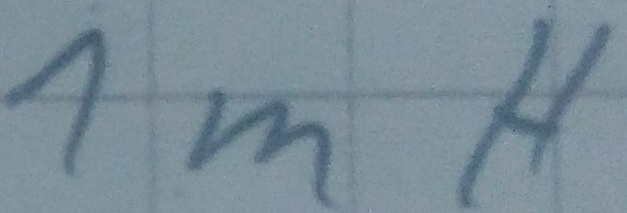
Text: 1mH